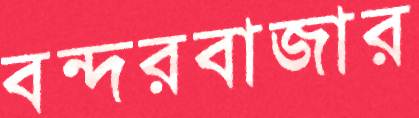
বন্দরবাজার